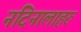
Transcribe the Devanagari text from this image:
नदिनालाहरु